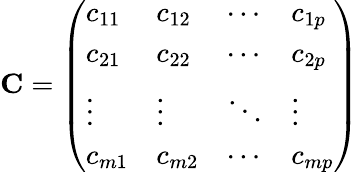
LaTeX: \mathbf{C}={\left(\begin{array}{llll}{c_{11}}&{c_{12}}&{\cdots}&{c_{1p}}\\ {c_{21}}&{c_{22}}&{\cdots}&{c_{2p}}\\ {\vdots}&{\vdots}&{\ddots}&{\vdots}\\ {c_{m1}}&{c_{m2}}&{\cdots}&{c_{mp}}\end{array}\right)}